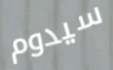
سيدوم